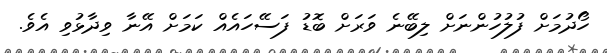
ހޯދުމަށް ފުލުހުންނަށް ލިބޭނެ ވަރަށް ބޮޑު ފަސޭހައެއް ކަމަށް އޭނާ ވިދާޅުވި އެވެ.